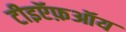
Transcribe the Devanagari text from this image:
टीइऍफ़ऑय